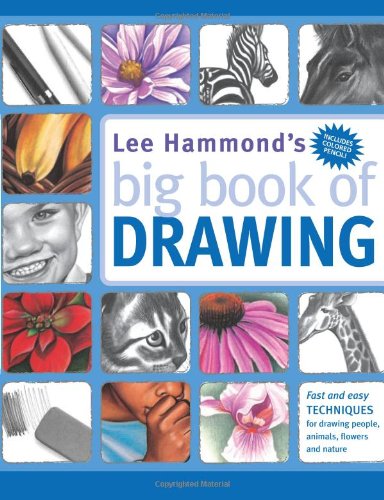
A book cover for Lee Hammond's Big Book of Drawing; Lee Hammond; Arts & Photography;